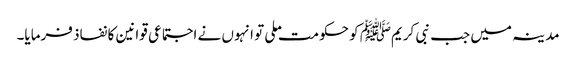
مدینہ میں جب نبی کریمﷺ کو حکومت ملی تو انہوں نے اجتماعی قوانین کا نفاذ فرمایا۔